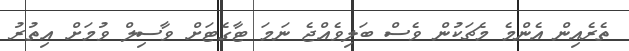
ތެރެއިން އެންމެ މެޗަކުން ވެސް ބަލިވެއްޖެ ނަމަ ޓާގެޓަށް ވާސިލް ވުމަށް އިތުރު